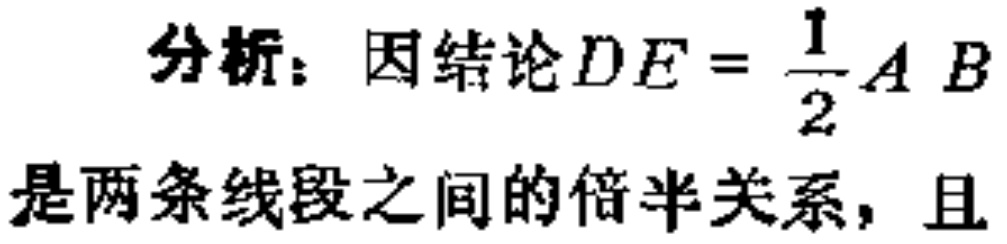
分析：因结论$DE = \frac{1}{2}AB$是两条线段之间的倍半关系，且